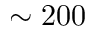
\sim 2 0 0